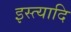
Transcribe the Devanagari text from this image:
इस्त्यादि